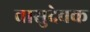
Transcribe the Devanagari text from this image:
वासुदेवक